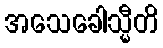
အသေခေါသ္မီတိ